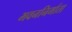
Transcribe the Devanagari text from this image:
भवननिर्माता